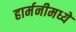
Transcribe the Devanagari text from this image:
हार्मनीमध्ये